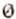
0